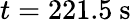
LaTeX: t=221.5~\mathrm{s}